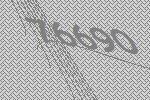
76690